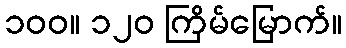
၁၀၀။ ၁၂၀ ကြိမ်မြောက်။